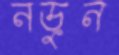
নড়ুন